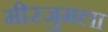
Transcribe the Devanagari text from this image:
मीरजुमला